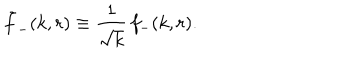
\tilde { f } _ { - } ( k , r ) \equiv { \frac { 1 } { \sqrt { k } } } \, f _ { - } ( k , r ) .